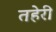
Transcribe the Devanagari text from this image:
तहेरी